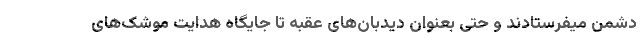
دشمن میفرستادند و حتی بعنوان دیدبان‌های عقبه تا جایگاه هدایت موشک‌های